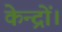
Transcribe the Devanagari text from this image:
केन्द्रों।